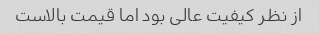
از نظر کیفیت عالی بود اما قیمت بالاست